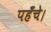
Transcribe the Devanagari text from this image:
पहँचे।